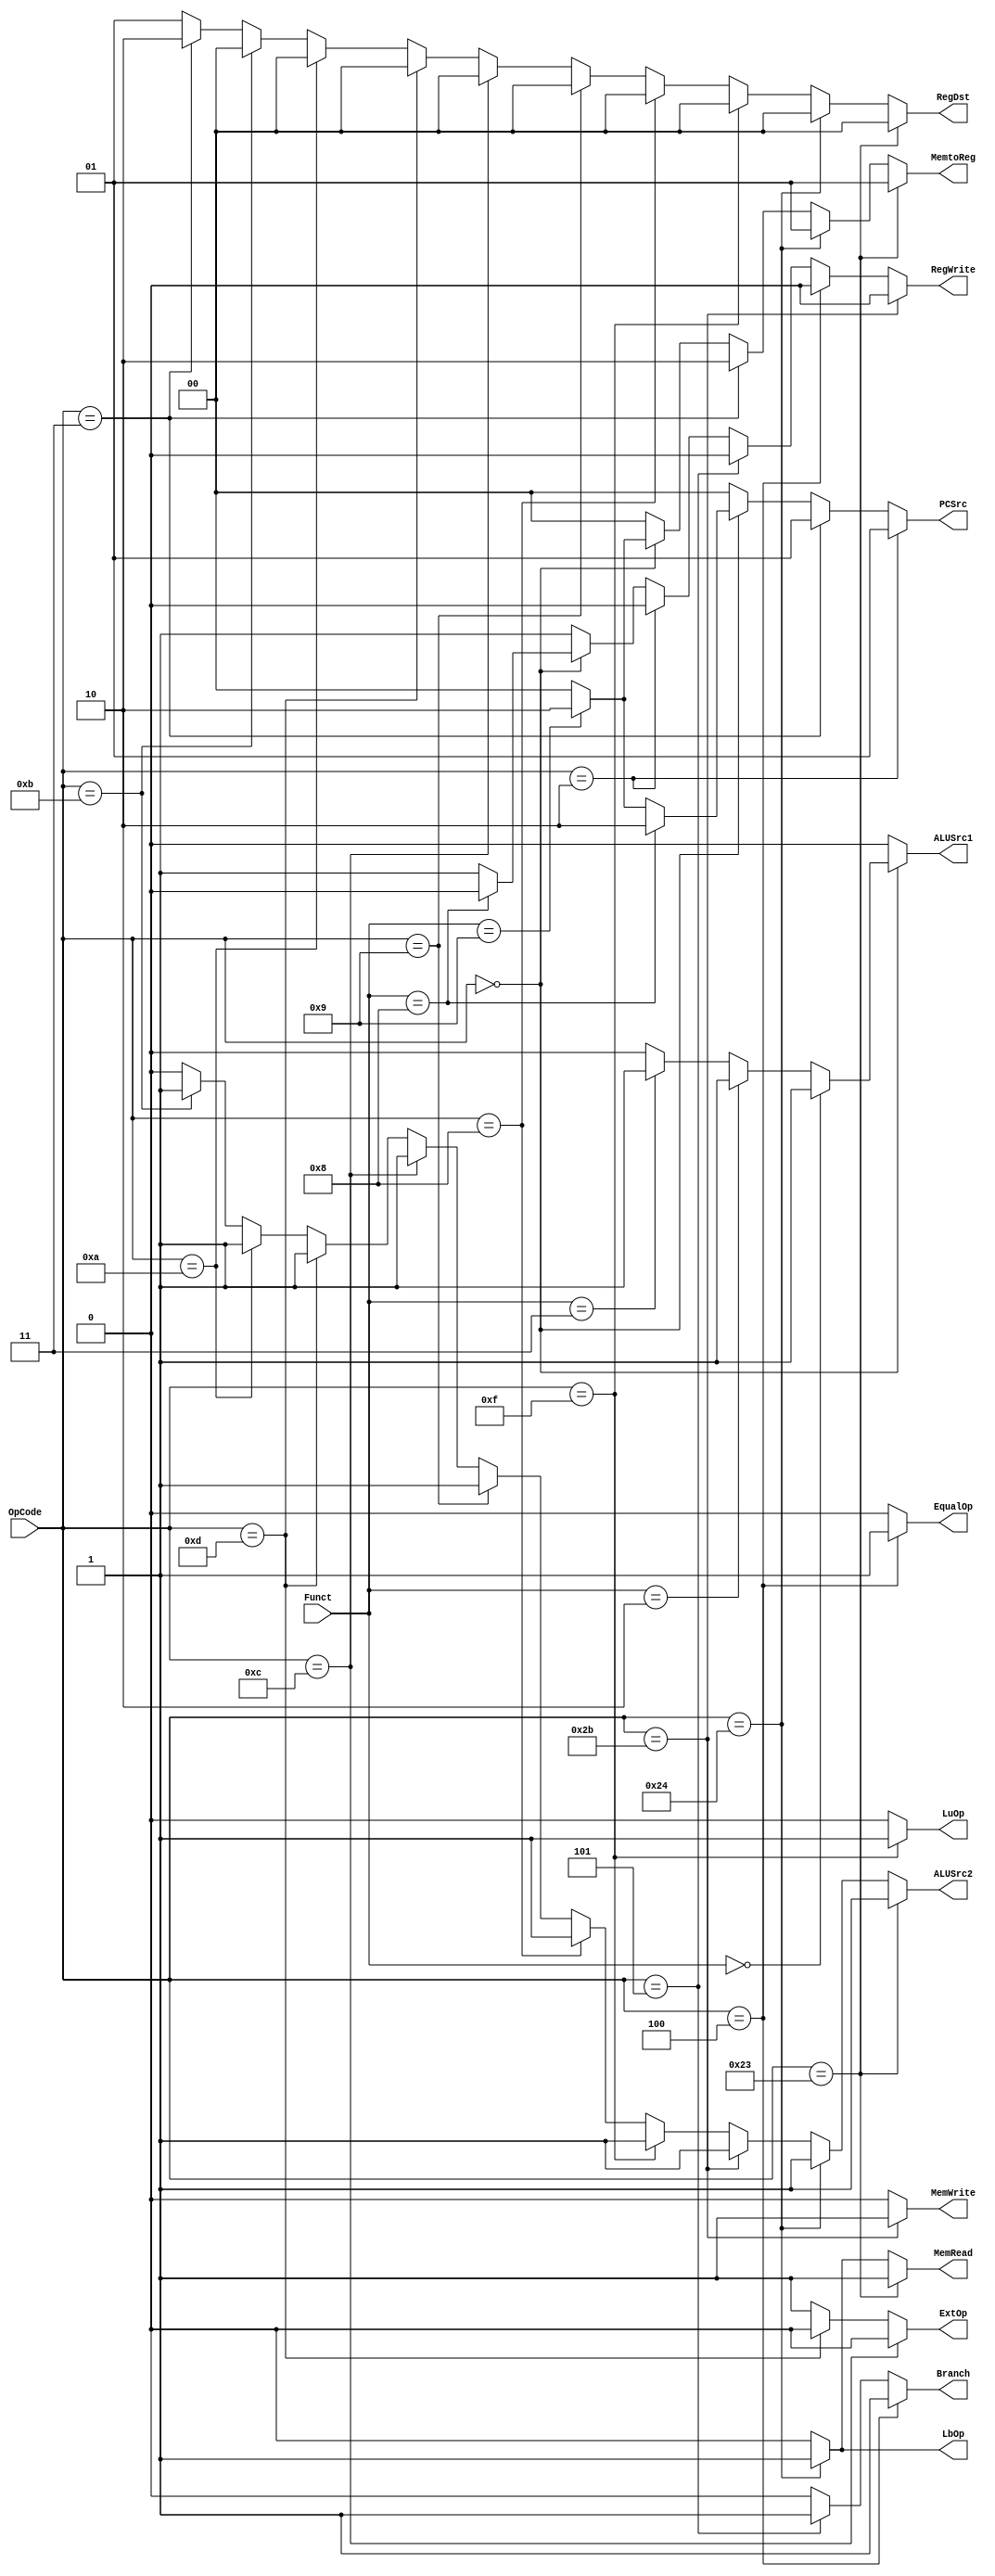
module Control(OpCode, Funct,
	LbOp, EqualOp, PCSrc, Branch, RegWrite, RegDst, 
	MemRead, MemWrite, MemtoReg, 
	ALUSrc1, ALUSrc2, ExtOp, LuOp);
	input [5:0] OpCode;
	input [5:0] Funct;
	output LbOp;
	output EqualOp;
	output [1:0] PCSrc;
	output Branch;
	output RegWrite;
	output [1:0] RegDst;
	output MemRead;
	output MemWrite;
	output [1:0] MemtoReg;
	output ALUSrc1;
	output ALUSrc2;
	output ExtOp;
	output LuOp;
	
	// Your code below

	assign LbOp=	(OpCode==6'b10_0100)?(1'b1)://lbu
					1'b0;
	assign EqualOp=(OpCode==6'b00_0100)?(1'b1)://beq
				   (OpCode==6'b00_0101)?(1'b0)://bne
				   1'b0;
	assign PCSrc=  (OpCode==6'b00_0010)?(2'b01)://j
				   (OpCode==6'b00_0011)?(2'b01)://jal
				   (OpCode==6'b0)?(
						(Funct==6'b00_1000)?(2'b10)://jr
						(Funct==6'b00_1001)?(2'b10)://jalr
						2'b00
						):2'b00;
	assign Branch= (OpCode==6'b00_0100)?(1'b1)://beq
				   (OpCode==6'b00_0101)?(1'b1)://bne
				   1'b0;
	assign RegWrite=   (OpCode==6'b10_1011)?(1'b0)://sw
					   (OpCode==6'b00_0100)?(1'b0)://beq
					   (OpCode==6'b00_0101)?(1'b0)://bne
					   (OpCode==6'b00_0010)?(1'b0)://j
					   (OpCode==6'b0)?(
							(Funct==6'b00_1000)?(1'b0)://jr
							1'b1
							):1'b1;
	assign RegDst= (OpCode==6'b10_0011)?(2'b00)://lw
				   (OpCode==6'b10_0100)?(2'b00)://lbu
				   (OpCode==6'b00_1111)?(2'b00)://lui
				   (OpCode==6'b00_1000)?(2'b00)://addi
				   (OpCode==6'b00_1001)?(2'b00)://addiu
				   (OpCode==6'b00_1100)?(2'b00)://andi
				   (OpCode==6'b00_1101)?(2'b00)://ori
				   (OpCode==6'b00_1010)?(2'b00)://slti
				   (OpCode==6'b00_1011)?(2'b00)://sltiu
				   (OpCode==6'b00_0011)?(2'b10)://jal
				   2'b01;
	assign MemRead=(OpCode==6'b10_0011)?(1'b1)://lw
				   (OpCode==6'b10_0100)?(1'b1)://lbu
				   1'b0;
    assign MemWrite=(OpCode==6'b10_1011)?(1'b1)://sw
					1'b0;
	assign MemtoReg=   (OpCode==6'b10_0011)?(2'b01)://lw
					   (OpCode==6'b10_0100)?(2'b01)://lbu
					   (OpCode==6'b00_0011)?(2'b10)://jal
					   (OpCode==6'b0)?(
							(Funct==6'b00_1001)?(2'b10)://jalr
							2'b00
							):2'b00;
	assign ALUSrc1=(OpCode==6'b0)?(
						(Funct==6'b0)?(1'b1)://sll
						(Funct==6'b00_0010)?(1'b1)://srl
						(Funct==6'b00_0011)?(1'b1)://sra
						1'b0
						):1'b0;
	assign ALUSrc2=(OpCode==6'b10_0011)?(1'b1)://lw
				   (OpCode==6'b10_0100)?(1'b1)://lbu
				   (OpCode==6'b10_1011)?(1'b1)://sw
				   (OpCode==6'b00_1111)?(1'b1)://lui
				   (OpCode==6'b00_1000)?(1'b1)://addi
				   (OpCode==6'b00_1001)?(1'b1)://addiu
				   (OpCode==6'b00_1100)?(1'b1)://andi
				   (OpCode==6'b00_1101)?(1'b1)://ori
				   (OpCode==6'b00_1010)?(1'b1)://slti
				   (OpCode==6'b00_1011)?(1'b1)://sltiu
				   1'b0;
	assign ExtOp=  (OpCode==6'b00_1100)?(1'b0)://andi
				   (OpCode==6'b00_1101)?(1'b0)://ori
				   1'b1;
	assign LuOp=   (OpCode==6'b00_1111)?(1'b1)://lui
				   1'b0;
	     
	// Your code above

	
endmodule